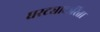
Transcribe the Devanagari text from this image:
घरट्याकरिता